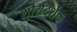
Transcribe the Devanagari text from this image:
शौर्यदर्शक